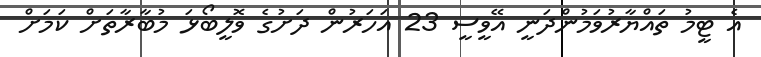
އެ ޓީމު ތައްޔާރުވަމުންދަނީ އޭވީސީ 23 އަހަރުން ދަށުގެ ވޮލީބޯޅަ މުބާރާތަށް ކަމަށް